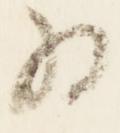
為